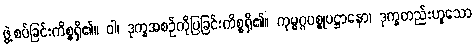
ဖွဲ့စပ်ခြင်းကိစ္စရှိ၏။ ဝါ၊ ဒုက္ခအစဉ်ကိုပြခြင်းကိစ္စရှိ၏။ ကုမ္မဂ္ဂပစ္စုပဋ္ဌာနော၊ ဒုက္ခတည်းဟူသော